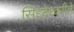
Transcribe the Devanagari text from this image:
सिध्देश्वरीने